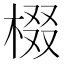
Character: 棳